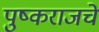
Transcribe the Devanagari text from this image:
पुष्कराजचे